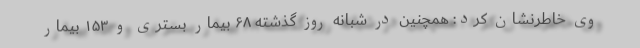
وی خاطرنشان کرد: همچنین در شبانه روز گذشته ۶۸ بیمار بستری و ۱۵۳ بیمار